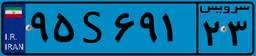
۴۱S۶۷۷۵۶